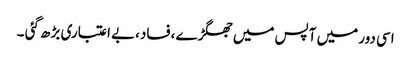
اسی دور میں آپس میں جھگڑے ،فساد،بے اعتباری بڑھ گئی ۔